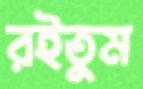
রইতুম